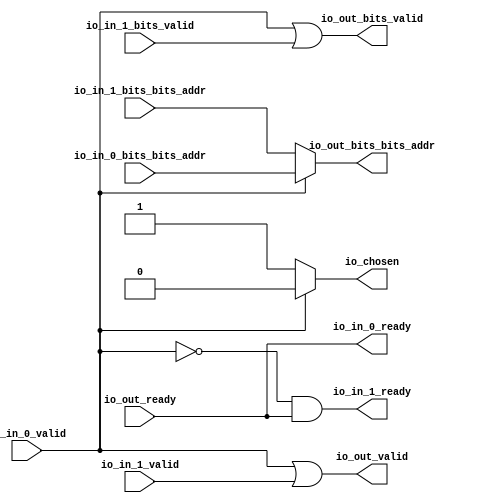
module Arbiter( // @[:freechips.rocketchip.system.DefaultRV32Config.fir@214027.2]
  output        io_in_0_ready, // @[:freechips.rocketchip.system.DefaultRV32Config.fir@214030.4]
  input         io_in_0_valid, // @[:freechips.rocketchip.system.DefaultRV32Config.fir@214030.4]
  input  [19:0] io_in_0_bits_bits_addr, // @[:freechips.rocketchip.system.DefaultRV32Config.fir@214030.4]
  output        io_in_1_ready, // @[:freechips.rocketchip.system.DefaultRV32Config.fir@214030.4]
  input         io_in_1_valid, // @[:freechips.rocketchip.system.DefaultRV32Config.fir@214030.4]
  input         io_in_1_bits_valid, // @[:freechips.rocketchip.system.DefaultRV32Config.fir@214030.4]
  input  [19:0] io_in_1_bits_bits_addr, // @[:freechips.rocketchip.system.DefaultRV32Config.fir@214030.4]
  input         io_out_ready, // @[:freechips.rocketchip.system.DefaultRV32Config.fir@214030.4]
  output        io_out_valid, // @[:freechips.rocketchip.system.DefaultRV32Config.fir@214030.4]
  output        io_out_bits_valid, // @[:freechips.rocketchip.system.DefaultRV32Config.fir@214030.4]
  output [19:0] io_out_bits_bits_addr, // @[:freechips.rocketchip.system.DefaultRV32Config.fir@214030.4]
  output        io_chosen // @[:freechips.rocketchip.system.DefaultRV32Config.fir@214030.4]
);
  wire  grant_1; // @[Arbiter.scala 31:78:freechips.rocketchip.system.DefaultRV32Config.fir@214040.4]
  wire  _T_2; // @[Arbiter.scala 135:19:freechips.rocketchip.system.DefaultRV32Config.fir@214045.4]
  assign grant_1 = ~io_in_0_valid; // @[Arbiter.scala 31:78:freechips.rocketchip.system.DefaultRV32Config.fir@214040.4]
  assign _T_2 = ~grant_1; // @[Arbiter.scala 135:19:freechips.rocketchip.system.DefaultRV32Config.fir@214045.4]
  assign io_in_0_ready = io_out_ready; // @[Arbiter.scala 134:14:freechips.rocketchip.system.DefaultRV32Config.fir@214042.4]
  assign io_in_1_ready = grant_1 & io_out_ready; // @[Arbiter.scala 134:14:freechips.rocketchip.system.DefaultRV32Config.fir@214044.4]
  assign io_out_valid = _T_2 | io_in_1_valid; // @[Arbiter.scala 135:16:freechips.rocketchip.system.DefaultRV32Config.fir@214047.4]
  assign io_out_bits_valid = io_in_0_valid | io_in_1_bits_valid; // @[Arbiter.scala 124:15:freechips.rocketchip.system.DefaultRV32Config.fir@214034.4 Arbiter.scala 128:19:freechips.rocketchip.system.DefaultRV32Config.fir@214038.6]
  assign io_out_bits_bits_addr = io_in_0_valid ? io_in_0_bits_bits_addr : io_in_1_bits_bits_addr; // @[Arbiter.scala 124:15:freechips.rocketchip.system.DefaultRV32Config.fir@214033.4 Arbiter.scala 128:19:freechips.rocketchip.system.DefaultRV32Config.fir@214037.6]
  assign io_chosen = io_in_0_valid ? 1'h0 : 1'h1; // @[Arbiter.scala 123:13:freechips.rocketchip.system.DefaultRV32Config.fir@214032.4 Arbiter.scala 127:17:freechips.rocketchip.system.DefaultRV32Config.fir@214036.6]
endmodule